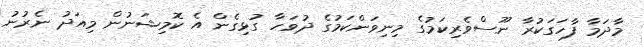
މާދަމާ ފާހަގަކުރާ ނޫސްވެރިކަމުގެ މިނިވަންކަމުގެ ދުވަހާ ގުޅިގެން އެ ކޮމިޝަނުން މިއަދު ނެރުނު